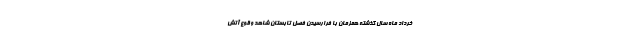
خرداد ماه سال گذشته همزمان با فرارسیدن فصل تابستان شاهد وقوع آتش‌